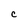
Character: C